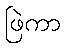
ဖြဲကာ